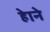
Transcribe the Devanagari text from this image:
हेाने